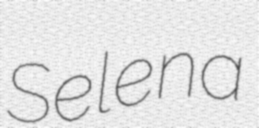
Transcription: Selena